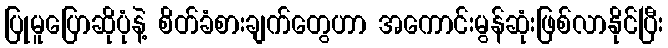
ပြုမူပြောဆိုပုံနဲ့ စိတ်ခံစားချက်တွေဟာ အကောင်းမွန်ဆုံးဖြစ်လာနိုင်ပြီး